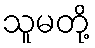
သူမတို့